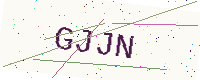
Text: GJJN